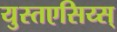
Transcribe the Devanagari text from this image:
युस्तएसिय्स्